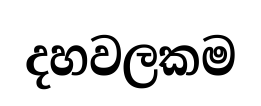
දහවලකම